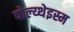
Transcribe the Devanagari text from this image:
पोल्य्थेइस्म